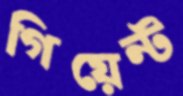
গিয়েন্ট